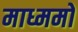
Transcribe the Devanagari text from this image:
माध्ममों